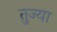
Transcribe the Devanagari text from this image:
तुज्या